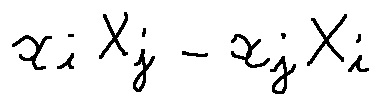
x _ { i } X _ { j } - x _ { j } X _ { i }